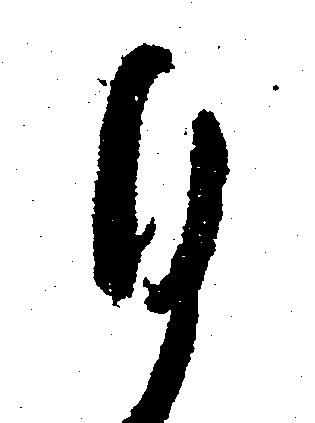
ひ